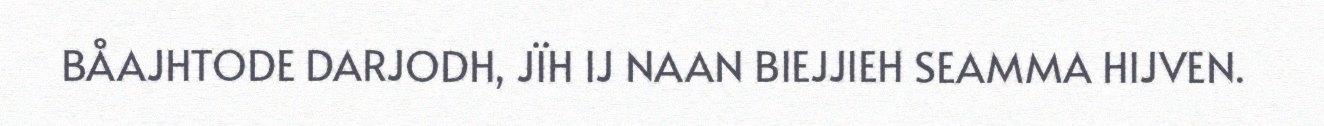
BÅAJHTODE DARJODH, JÏH IJ NAAN BIEJJIEH SEAMMA HIJVEN.